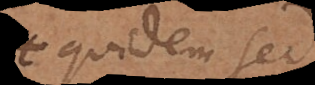
quidem, sed